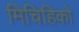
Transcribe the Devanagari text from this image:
मिचिहिको